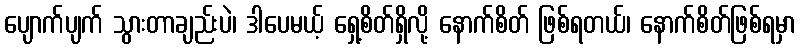
ပျောက်ပျက် သွားတာချည်းပဲ၊ ဒါပေမယ့် ရှေ့စိတ်ရှိလို့ နောက်စိတ် ဖြစ်ရတယ်၊ နောက်စိတ်ဖြစ်ရမှာ